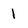
Character: l